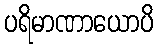
ပရိမာဏာယောပိ